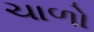
ચાળો